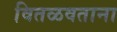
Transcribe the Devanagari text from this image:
वितळवताना